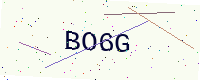
Text: BO6G